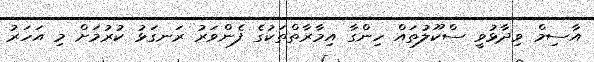
އާސިމް ވިދާޅުވީ ސްކޫލުތައް ހިންގާ އިމާރާތްތަކުގެ ފެންވަރު ރަނގަޅު ކުރުމަށް މި އަހަރު